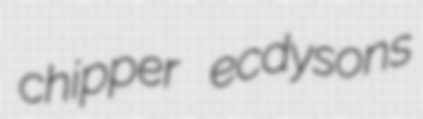
chipper ecdysons